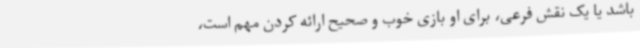
باشد یا یک‌ نقش فرعی، برای او بازی خوب و صحیح ارائه کردن مهم است،